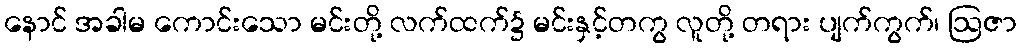
နောင် အခါမ ကောင်းသော မင်းတို့ လက်ထက်၌ မင်းနှင့်တကွ လူတို့ တရား ပျက်ကွက်၊ ဩဇာ